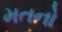
મતનો